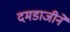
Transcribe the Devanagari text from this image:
दमडाजीने